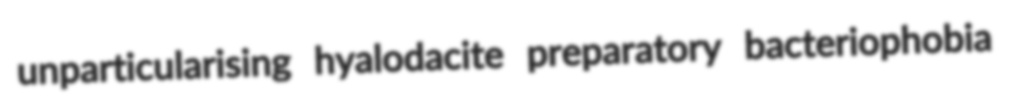
unparticularising hyalodacite preparatory bacteriophobia